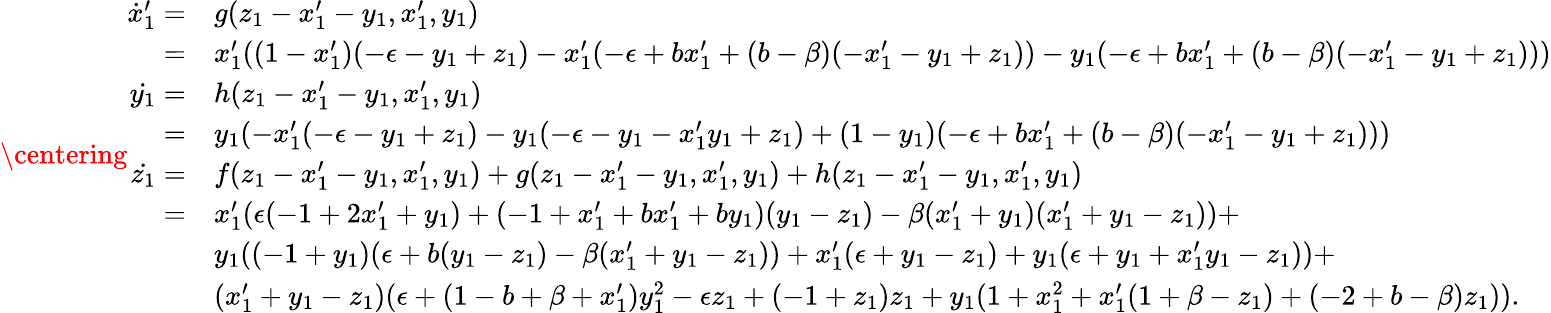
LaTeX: \centering\begin{array}{rl}{\dot{x}_{1}^{\prime}=}&{g(z_{1}-x_{1}^{\prime}-y_{1},x_{1}^{\prime},y_{1})}\\ {=}&{x_{1}^{\prime}((1-x_{1}^{\prime})(-\epsilon-y_{1}+z_{1})-x_{1}^{\prime}(-\epsilon+bx_{1}^{\prime}+(b-\beta)(-x_{1}^{\prime}-y_{1}+z_{1}))-y_{1}(-\epsilon+bx_{1}^{\prime}+(b-\beta)(-x_{1}^{\prime}-y_{1}+z_{1})))}\\ {\dot{y_{1}}=}&{h(z_{1}-x_{1}^{\prime}-y_{1},x_{1}^{\prime},y_{1})}\\ {=}&{y_{1}(-x_{1}^{\prime}(-\epsilon-y_{1}+z_{1})-y_{1}(-\epsilon-y_{1}-x_{1}^{\prime}y_{1}+z_{1})+(1-y_{1})(-\epsilon+bx_{1}^{\prime}+(b-\beta)(-x_{1}^{\prime}-y_{1}+z_{1})))}\\ {\dot{z_{1}}=}&{f(z_{1}-x_{1}^{\prime}-y_{1},x_{1}^{\prime},y_{1})+g(z_{1}-x_{1}^{\prime}-y_{1},x_{1}^{\prime},y_{1})+h(z_{1}-x_{1}^{\prime}-y_{1},x_{1}^{\prime},y_{1})}\\ {=}&{x_{1}^{\prime}(\epsilon(-1+2x_{1}^{\prime}+y_{1})+(-1+x_{1}^{\prime}+bx_{1}^{\prime}+by_{1})(y_{1}-z_{1})-\beta(x_{1}^{\prime}+y_{1})(x_{1}^{\prime}+y_{1}-z_{1}))+}\\ &{y_{1}((-1+y_{1})(\epsilon+b(y_{1}-z_{1})-\beta(x_{1}^{\prime}+y_{1}-z_{1}))+x_{1}^{\prime}(\epsilon+y_{1}-z_{1})+y_{1}(\epsilon+y_{1}+x_{1}^{\prime}y_{1}-z_{1}))+}\\ &{(x_{1}^{\prime}+y_{1}-z_{1})(\epsilon+(1-b+\beta+x_{1}^{\prime})y_{1}^{2}-\epsilon z_{1}+(-1+z_{1})z_{1}+y_{1}(1+x_{1}^{2}+x_{1}^{\prime}(1+\beta-z_{1})+(-2+b-\beta)z_{1})).}\end{array}